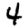
Digit: 4